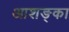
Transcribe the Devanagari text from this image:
आशङ्का